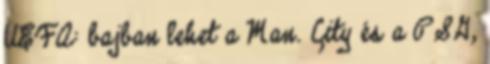
UEFA: bajban lehet a Man. City és a PSG,